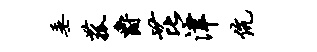
垂菰爵芘津伉